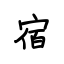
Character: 宿